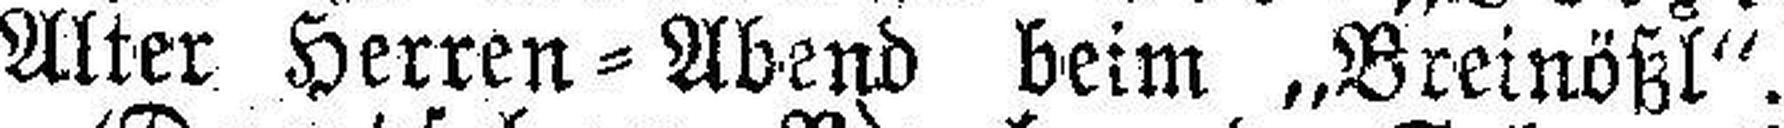
Alter Herren=Abend beim „Breinößl“.